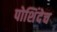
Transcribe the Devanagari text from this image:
पोशिंदेच